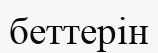
беттерін